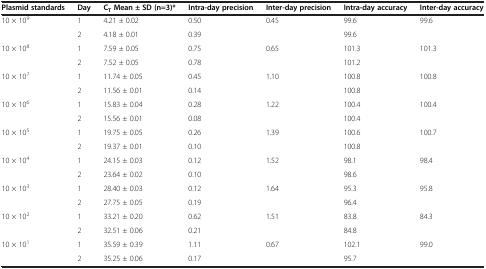
<table><thead><tr><td><b>Plasmid standards</b></td><td><b>Day</b></td><td><b>C<sub>T</sub>Mean ± SD (n=3)*</b></td><td><b>Intra-day precision</b></td><td><b>Inter-day precision</b></td><td><b>Intra-day accuracy</b></td><td><b>Inter-day accuracy</b></td></tr></thead><tbody><tr><td rowspan="2">10 × 10<sup>9</sup></td><td>1</td><td>4.21 ± 0.02</td><td>0.50</td><td>0.45</td><td>99.6</td><td>99.6</td></tr><tr><td>2</td><td>4.18 ± 0.01</td><td>0.39</td><td> </td><td>99.6</td><td> </td></tr><tr><td rowspan="2">10 × 10<sup>8</sup></td><td>1</td><td>7.59 ± 0.05</td><td>0.75</td><td>0.65</td><td>101.3</td><td>101.3</td></tr><tr><td>2</td><td>7.52 ± 0.05</td><td>0.78</td><td> </td><td>101.2</td><td> </td></tr><tr><td rowspan="2">10 × 10<sup>7</sup></td><td>1</td><td>11.74 ± 0.05</td><td>0.45</td><td>1.10</td><td>100.8</td><td>100.8</td></tr><tr><td>2</td><td>11.56 ± 0.01</td><td>0.14</td><td> </td><td>100.8</td><td> </td></tr><tr><td rowspan="2">10 × 10<sup>6</sup></td><td>1</td><td>15.83 ± 0.04</td><td>0.28</td><td>1.22</td><td>100.4</td><td>100.4</td></tr><tr><td>2</td><td>15.56 ± 0.01</td><td>0.08</td><td> </td><td>100.4</td><td> </td></tr><tr><td rowspan="2">10 × 10<sup>5</sup></td><td>1</td><td>19.75 ± 0.05</td><td>0.26</td><td>1.39</td><td>100.6</td><td>100.7</td></tr><tr><td>2</td><td>19.37 ± 0.01</td><td>0.10</td><td> </td><td>100.8</td><td> </td></tr><tr><td rowspan="2">10 × 10<sup>4</sup></td><td>1</td><td>24.15 ± 0.03</td><td>0.12</td><td>1.52</td><td>98.1</td><td>98.4</td></tr><tr><td>2</td><td>23.64 ± 0.02</td><td>0.10</td><td> </td><td>98.6</td><td> </td></tr><tr><td rowspan="2">10 × 10<sup>3</sup></td><td>1</td><td>28.40 ± 0.03</td><td>0.12</td><td>1.64</td><td>95.3</td><td>95.8</td></tr><tr><td>2</td><td>27.75 ± 0.05</td><td>0.19</td><td> </td><td>96.4</td><td> </td></tr><tr><td rowspan="2">10 × 10<sup>2</sup></td><td>1</td><td>33.21 ± 0.20</td><td>0.62</td><td>1.51</td><td>83.8</td><td>84.3</td></tr><tr><td>2</td><td>32.51 ± 0.06</td><td>0.21</td><td> </td><td>84.8</td><td> </td></tr><tr><td>10 × 10<sup>1</sup></td><td>1</td><td>35.59 ± 0.39</td><td>1.11</td><td>0.67</td><td>102.1</td><td>99.0</td></tr><tr><td> </td><td>2</td><td>35.25 ± 0.06</td><td>0.17</td><td> </td><td>95.7</td><td> </td></tr></tbody></table>